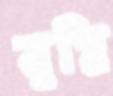
মুগ্নি